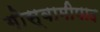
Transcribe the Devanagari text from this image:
गोस्वामीपाद